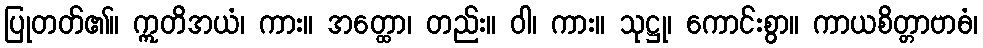
ပြုတတ်၏။ ဣတိအယံ၊ ကား။ အတ္ထော၊ တည်း။ ဝါ၊ ကား။ သုဋ္ဌု၊ ကောင်းစွာ။ ကာယစိတ္တာဗာဓံ၊